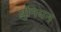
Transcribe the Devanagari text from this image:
य़ुनियन